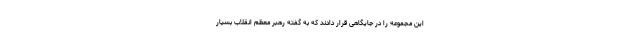
این مجموعه را در جایگاهی قرار دادند که به گفته رهبر معظم انقلاب بسیار